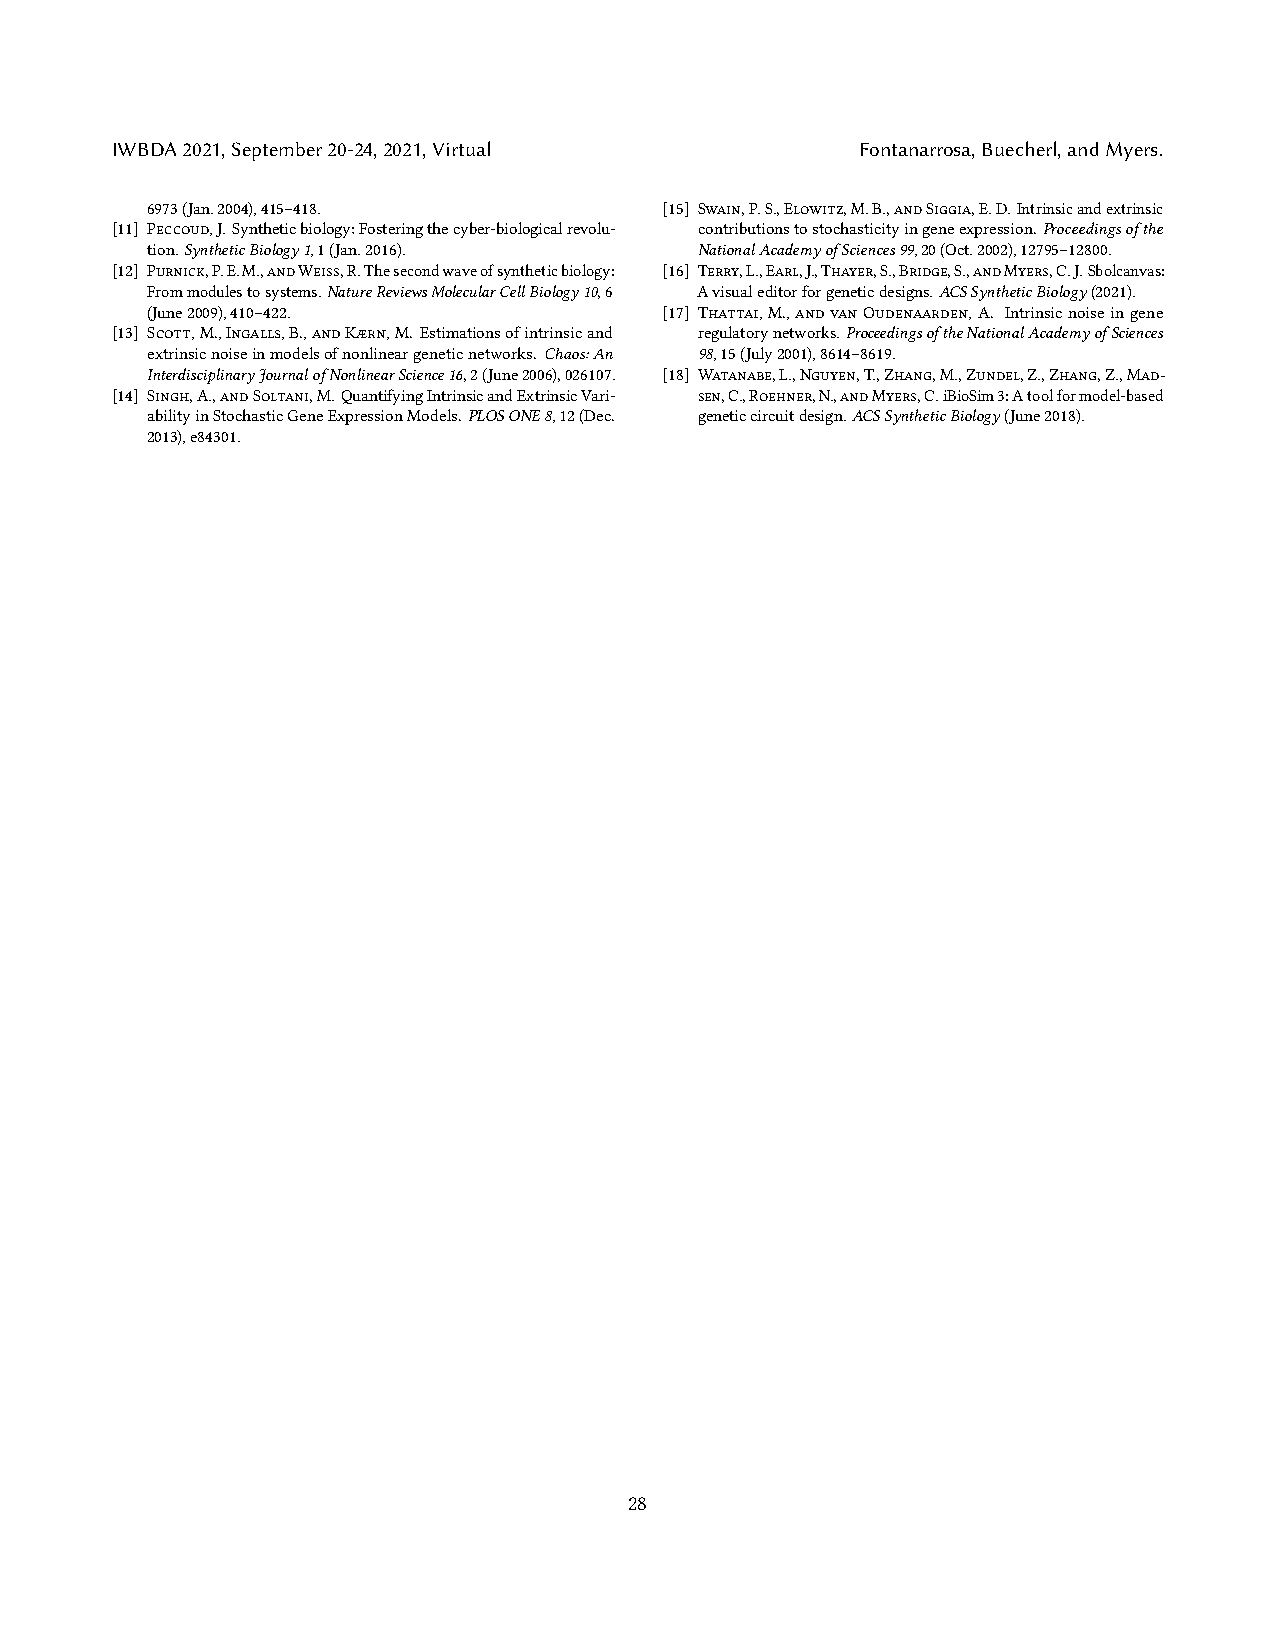
IWBDA2021,September20-24,2021,Virtual             Fontanarrosa,Buecherl,andMyers.
 6973(Jan.2004),415–418.           [15] Swain,P.S.,Elowitz,M.B.,andSiggia,E.D.Intrinsicandextrinsic
 [11] Peccoud,J.Syntheticbiology:Fosteringthecyber-biologicalrevolu- contributionstostochasticityingeneexpression.Proceedingsofthe
 tion.SyntheticBiology1,1(Jan.2016). NationalAcademyofSciences99,20(Oct.2002),12795–12800.
 [12] Purnick,P.E.M.,andWeiss,R.Thesecondwaveofsyntheticbiology: [16] Terry,L.,Earl,J.,Thayer,S.,Bridge,S.,andMyers,C.J.Sbolcanvas:
 Frommodulestosystems.NatureReviewsMolecularCellBiology10,6 Avisualeditorforgeneticdesigns.ACSSyntheticBiology(2021).
 (June2009),410–422.               [17] Thattai,M.,andvanOudenaarden,A. Intrinsicnoiseingene
 [13] Scott,M.,Ingalls,B.,andKærn,M. Estimationsofintrinsicand regulatorynetworks.ProceedingsoftheNationalAcademyofSciences
 extrinsicnoiseinmodelsofnonlineargeneticnetworks. Chaos:An 98,15(July2001),8614–8619.
 InterdisciplinaryJournalofNonlinearScience16,2(June2006),026107. [18] Watanabe,L.,Nguyen,T.,Zhang,M.,Zundel,Z.,Zhang,Z.,Mad-
 [14] Singh,A.,andSoltani,M.QuantifyingIntrinsicandExtrinsicVari- sen,C.,Roehner,N.,andMyers,C.iBioSim3:Atoolformodel-based
 abilityinStochasticGeneExpressionModels.PLOSONE8,12(Dec. geneticcircuitdesign.ACSSyntheticBiology(June2018).
 2013),e84301.
 28